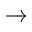
\rightarrow